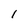
Character: l